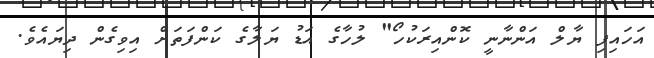
އަހައިފި ޔާލް އަންނާނީ ކޮންއިރަކުހޯ" ލުހާގެ އަޑު ޔަލާގެ ކަންފަތަށް އިވިގެން ދިޔައެވެ.